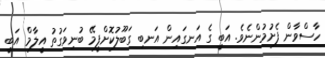
ހާސްވާން ފެށުމުންނެވެ. އަބީ ގެ އަނގައިން އަނބި ގަބޫލުކޮށްފީމޭ ބުނިވަގުތު އީލާމް އަބީ